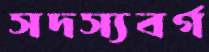
সদস্যবর্গ